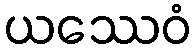
ယဿေဝံ